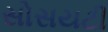
સોસયટી